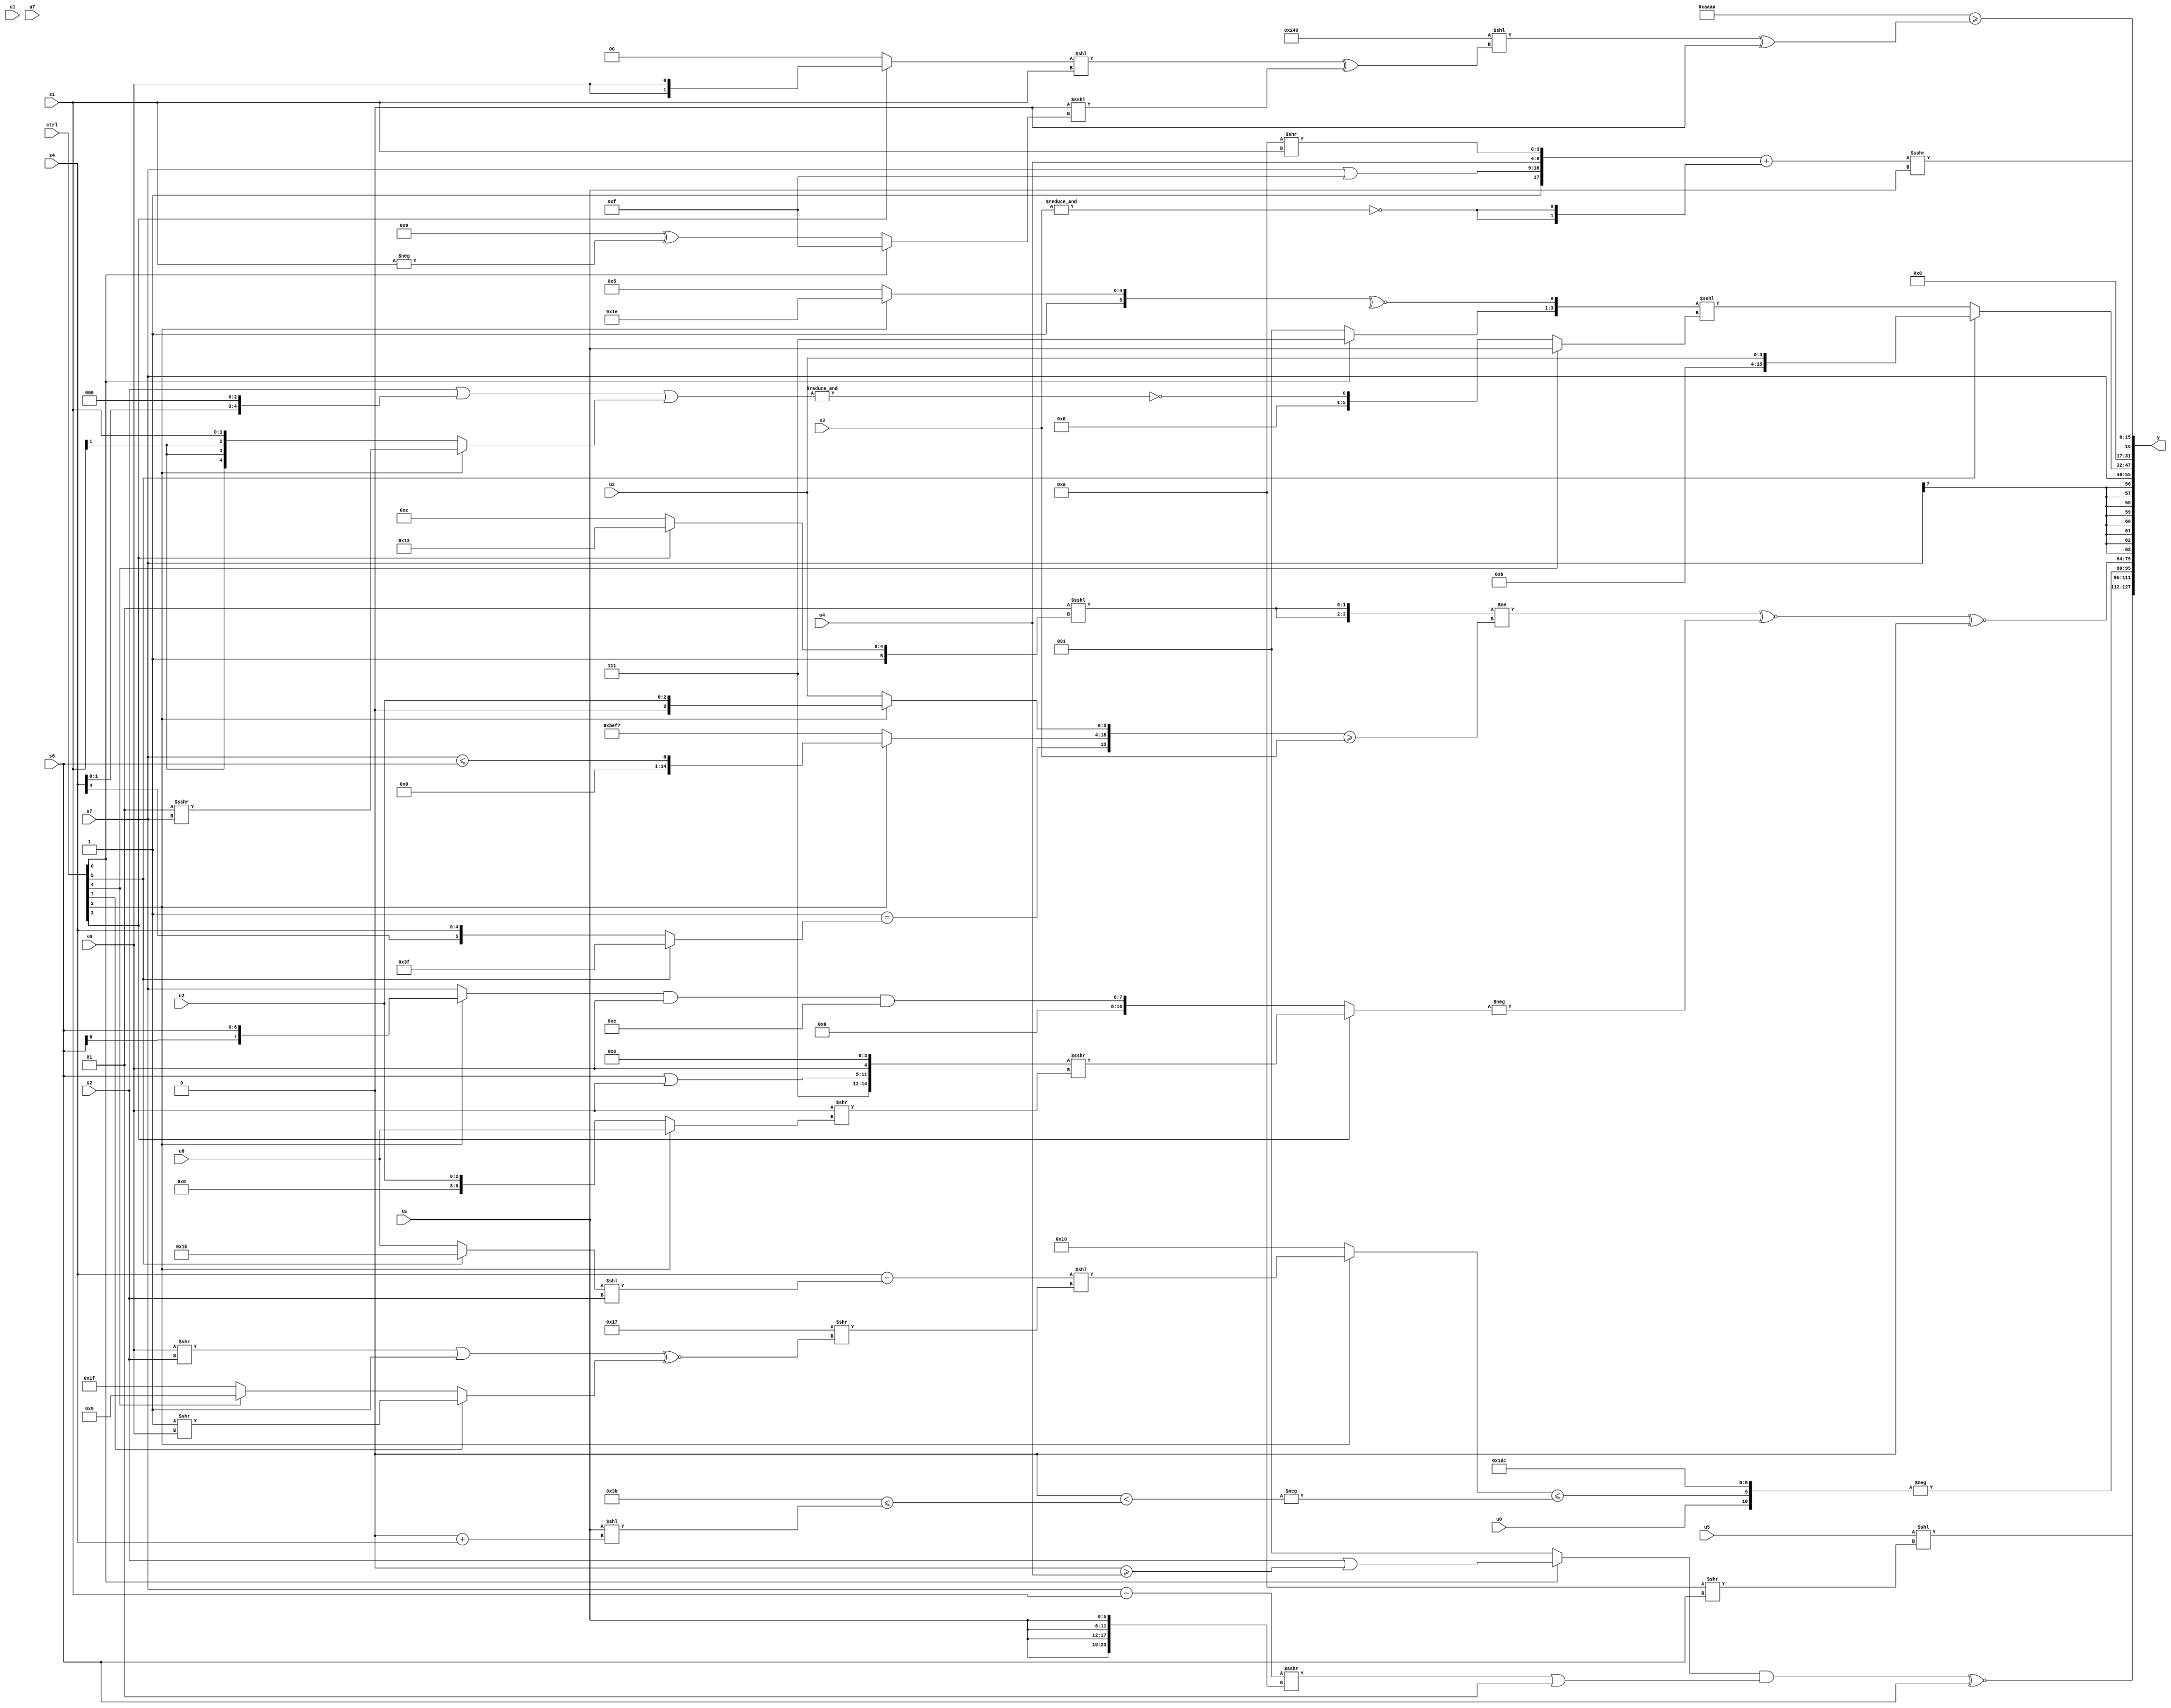
module wideexpr_00004(ctrl, u0, u1, u2, u3, u4, u5, u6, u7, s0, s1, s2, s3, s4, s5, s6, s7, y);
  input [7:0] ctrl;
  input [0:0] u0;
  input [1:0] u1;
  input [2:0] u2;
  input [3:0] u3;
  input [4:0] u4;
  input [5:0] u5;
  input [6:0] u6;
  input [7:0] u7;
  input signed [0:0] s0;
  input signed [1:0] s1;
  input signed [2:0] s2;
  input signed [3:0] s3;
  input signed [4:0] s4;
  input signed [5:0] s5;
  input signed [6:0] s6;
  input signed [7:0] s7;
  output [127:0] y;
  wire [15:0] y0;
  wire [15:0] y1;
  wire [15:0] y2;
  wire [15:0] y3;
  wire [15:0] y4;
  wire [15:0] y5;
  wire [15:0] y6;
  wire [15:0] y7;
  assign y = {y0,y1,y2,y3,y4,y5,y6,y7};
  assign y0 = (+($signed(u5)))<<($unsigned((+(5'sb11010))>>(s6)));
  assign y1 = (($signed((ctrl[0]?($signed(s2))|((2'sb00)>=(u4)):1'b1)))&(($signed(((s7)-(s1))>>>({4{s5}})))|(2'sb01)))^~(s6);
  assign y2 = -({u0,((ctrl[2]?((s4)-(($signed((ctrl[5]?5'sb11011:u6)))<<(s2)))<<((6'sb110111)>>((((s0)>>(s2))|($signed(1'sb1)))^~((ctrl[7]?(4'sb1111)>>(s0):(ctrl[4]?5'sb01001:3'sb111))))):5'sb10000))<=(-((1'b0)<((~($signed(5'sb00100)))<=(($unsigned($signed(s5)))<<(((4'sb0010)<<<(5'sb11110))+($signed(s4))))))),{1{$signed(-(5'b00011))}},-($signed(4'b0100))});
  assign y3 = ((({2{(2'sb01)<<<((ctrl[3]?6'sb110011:6'sb101100))}})!=(({(+(+(6'sb111111)))==((ctrl[5]?(2'sb11)|(5'sb11110):s4)),(ctrl[2]?($signed(s7))<=(s6):{3{(ctrl[2]?4'sb0001:5'sb10111)}}),{1{(ctrl[2]?$signed(u2):$unsigned(u3))}}})>=(s3)))^~(-((ctrl[3]?({((3'sb000)!=(5'sb01000))^(5'sb00110),(s6)|($signed(s0)),s0,$unsigned({4'sb0110})})>>>((s0)>>((ctrl[2]?$signed(u6):u2))):($unsigned(((ctrl[2]?s6:s7))&($signed(s0))))&(4'b1110)))))^~(2'sb00);
  assign y4 = s7;
  assign y5 = (ctrl[5]?u3:({{(ctrl[0]?{3{1'sb1}}:(1'sb1)!=(5'sb11010)),~^((ctrl[2]?3'sb110:6'sb100101))}})<<<($signed((ctrl[4]?{1{s5}}:~&((($signed(s2))|((s4)<<(2'sb11)))|((ctrl[2]?(3'sb001)>>>(s7):+(s1))))))));
  assign y6 = ({4{4'b1010}})>=((({4{(-(1'sb1))-(3'sb000)}})<<(((+((ctrl[3]?s0:(s1)>>(6'sb100101))))<<(s1))^((($signed(+(1'b1)))>>((2'sb11)>>>(+(4'sb0001))))<<<((ctrl[0]?(ctrl[4]?$signed(2'sb11):3'sb111):(4'sb1001)^(-(s1)))))))^({2'sb00}));
  assign y7 = (({$signed(4'sb0001),(s7)|({2{2'b11}}),$signed(u4),(4'sb1010)>>($unsigned(s1))})+({2{~&(s3)}}))>>>(s5);
endmodule